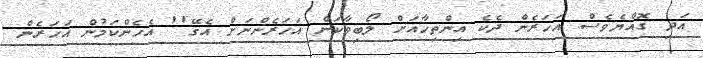
އަދި ގޮއްޔެވެސް އަހަރެން ދެކެ އިންތިހާއަށް ލޯބިވާކަން އަހަރެންނަށް އެގޭ'' އެހެންކަމުން އަހަރެން